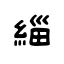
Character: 緇